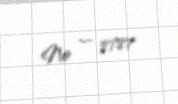
№ — 8787